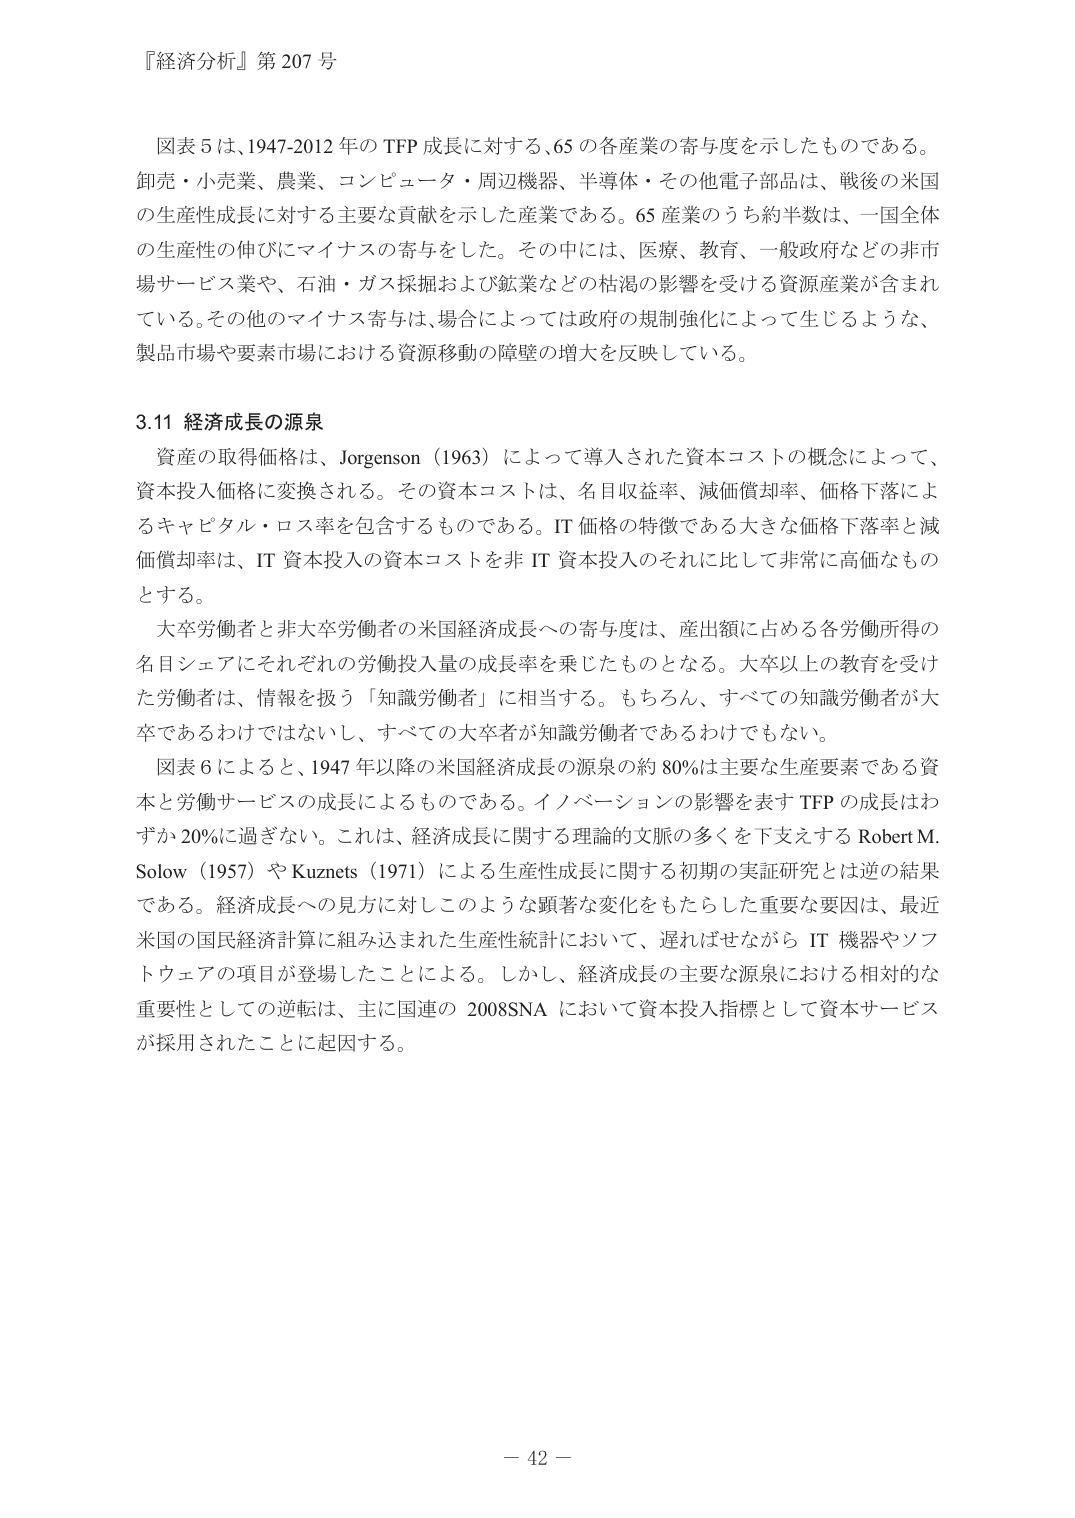
『経済分析』第 207 号

図表 5は、1947-2012 年の TFP 成長に対する、65 の各産業の寄与度を示したものである。
卸売・小売業、農業、コンピュータ・周辺機器、半導体・その他電子部品は、戦後の米国の生産性成長に対する主要な貢献を示した産業である。65 産業のうち約半数は、一国全体の生産性の伸びにマイナスの寄与をした。その中には、医療、教育、一般政府などの非市場サービス業や、石油・ガス採掘および鉱業などの枯渇の影響を受ける資源産業が含まれている。その他のマイナス寄与は、場合によっては政府の規制強化によって生じるような、製品市場や要素市場における資源移動の障壁の増大を反映している。

3.11 経済成長の源泉

資産の取得価格は、Jorgenson（1963）によって導入された資本コストの概念によって、資本投入価格に変換される。その資本コストは、名目収益率、減価償却率、価格下落によるキャピタル・ロス率を包含するものである。IT 価格の特徴である大きな価格下落率と減価償却率は、IT 資本投入の資本コストを非 IT 資本投入のそれに比して非常に高価なものとする。

大卒労働者と非大卒労働者の米国経済成長への寄与度は、産出額に占める各労働所得の名目シェアにそれぞれの労働投入量の成長率を乗じたものとなる。大卒以上の教育を受けた労働者は、情報を扱う「知識労働者」に相当する。もちろん、すべての知識労働者が大卒であるわけではないし、すべての大卒者が知識労働者であるわけでもない。

図表 6によると、1947 年以降の米国経済成長の源泉の約 80%は主要な生産要素である資本と労働サービスの成長によるものである。イノベーションの影響を表す TFP の成長はわずか 20%に過ぎない。これは、経済成長に関する理論的文脈の多くを下支えする Robert M. Solow（1957）や Kuznets（1971）による生産性成長に関する初期の実証研究とは逆の結果である。経済成長への見方に対しこのような顕著な変化をもたらした重要な要因は、最近米国の国民経済計算に組み込まれた生産性統計において、遅ればせながら IT 機器やソフトウェアの項目が登場したことによる。しかし、経済成長の主要な源泉における相対的な重要性としての逆転は、主に国連の 2008SNA において資本投入指標として資本サービスが採用されたことに起因する。

－ 42 －